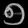
Digit: ၅